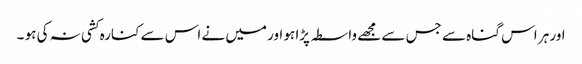
اور ہر اس گناہ سے جس سے مجھے واسطہ پڑا ہو اور میں نے اس سے کنارہ کشی نہ کی ہو ۔